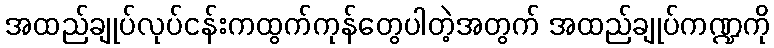
အထည်ချုပ်လုပ်ငန်းကထွက်ကုန်တွေပါတဲ့အတွက် အထည်ချုပ်ကဏ္ဍကို